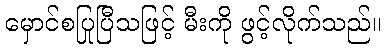
မှောင်စပြုပြီသဖြင့် မီးကို ဖွင့်လိုက်သည်။